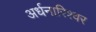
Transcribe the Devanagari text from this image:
अर्धनारिश्वर